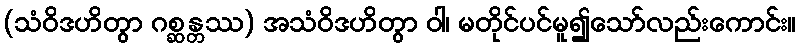
(သံဝိဒဟိတွာ ဂစ္ဆန္တဿ) အသံဝိဒဟိတွာ ဝါ၊ မတိုင်ပင်မူ၍သော်လည်းကောင်း။